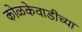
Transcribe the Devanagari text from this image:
कोळकेवाडीच्या